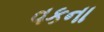
વકના